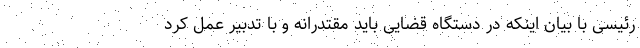
رئیسی با بیان اینکه در دستگاه قضایی باید مقتدرانه و با تدبیر عمل کرد